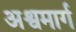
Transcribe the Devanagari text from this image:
अश्वमार्ग